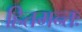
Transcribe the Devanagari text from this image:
हितमन्तः